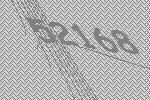
52168